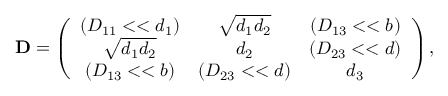
{ \bf D } = \left( \begin{array} { c c c } { { ( D _ { 1 1 } < < d _ { 1 } ) } } & { { \sqrt { d _ { 1 } d _ { 2 } } } } & { { ( D _ { 1 3 } < < b ) } } \\ { { \sqrt { d _ { 1 } d _ { 2 } } } } & { { d _ { 2 } } } & { { ( D _ { 2 3 } < < d ) } } \\ { { ( D _ { 1 3 } < < b ) } } & { { ( D _ { 2 3 } < < d ) } } & { { d _ { 3 } } } \end{array} \right) ,